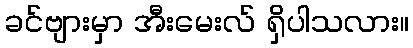
ခင်ဗျားမှာ အီးမေးလ် ရှိပါသလား။